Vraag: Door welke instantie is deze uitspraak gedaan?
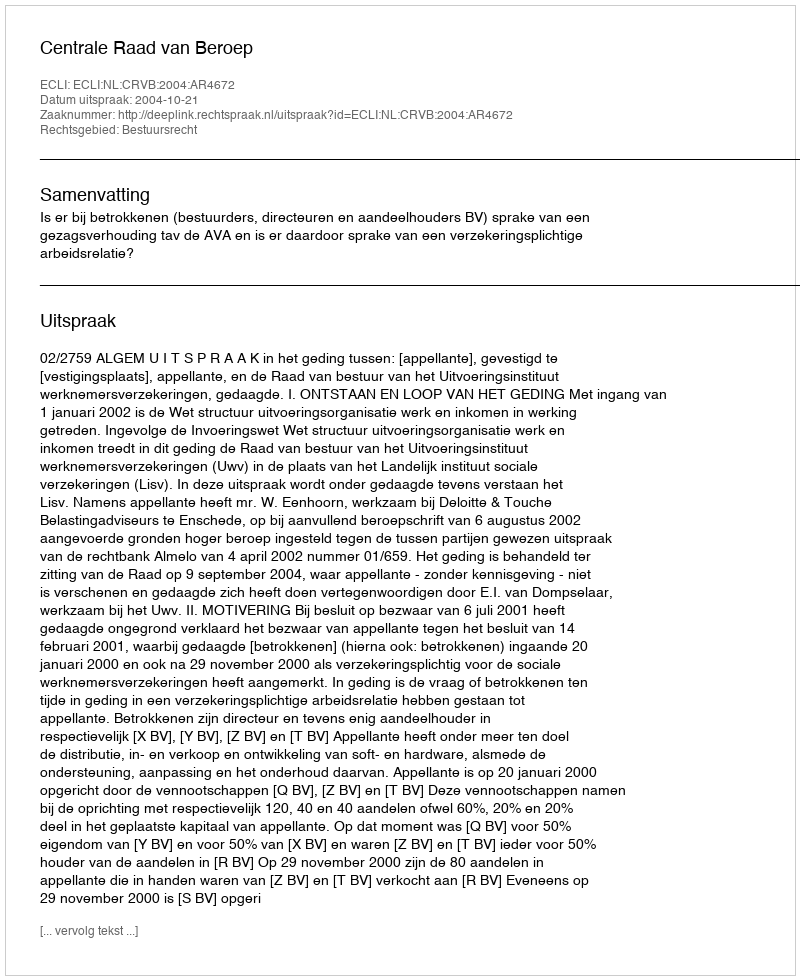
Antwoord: Centrale Raad van Beroep